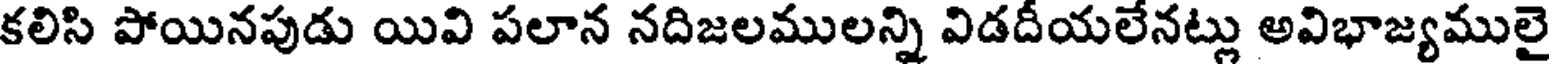
కలిసి పోయినపుడు యివి పలాన నదిజలములన్ని విడదీయలేనట్లు అవిభాజ్యములై